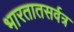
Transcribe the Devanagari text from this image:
भारतातसर्वत्र